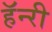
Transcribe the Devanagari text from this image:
हॅन्‍री